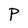
Character: P